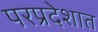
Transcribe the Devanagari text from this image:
परप्रदेशात